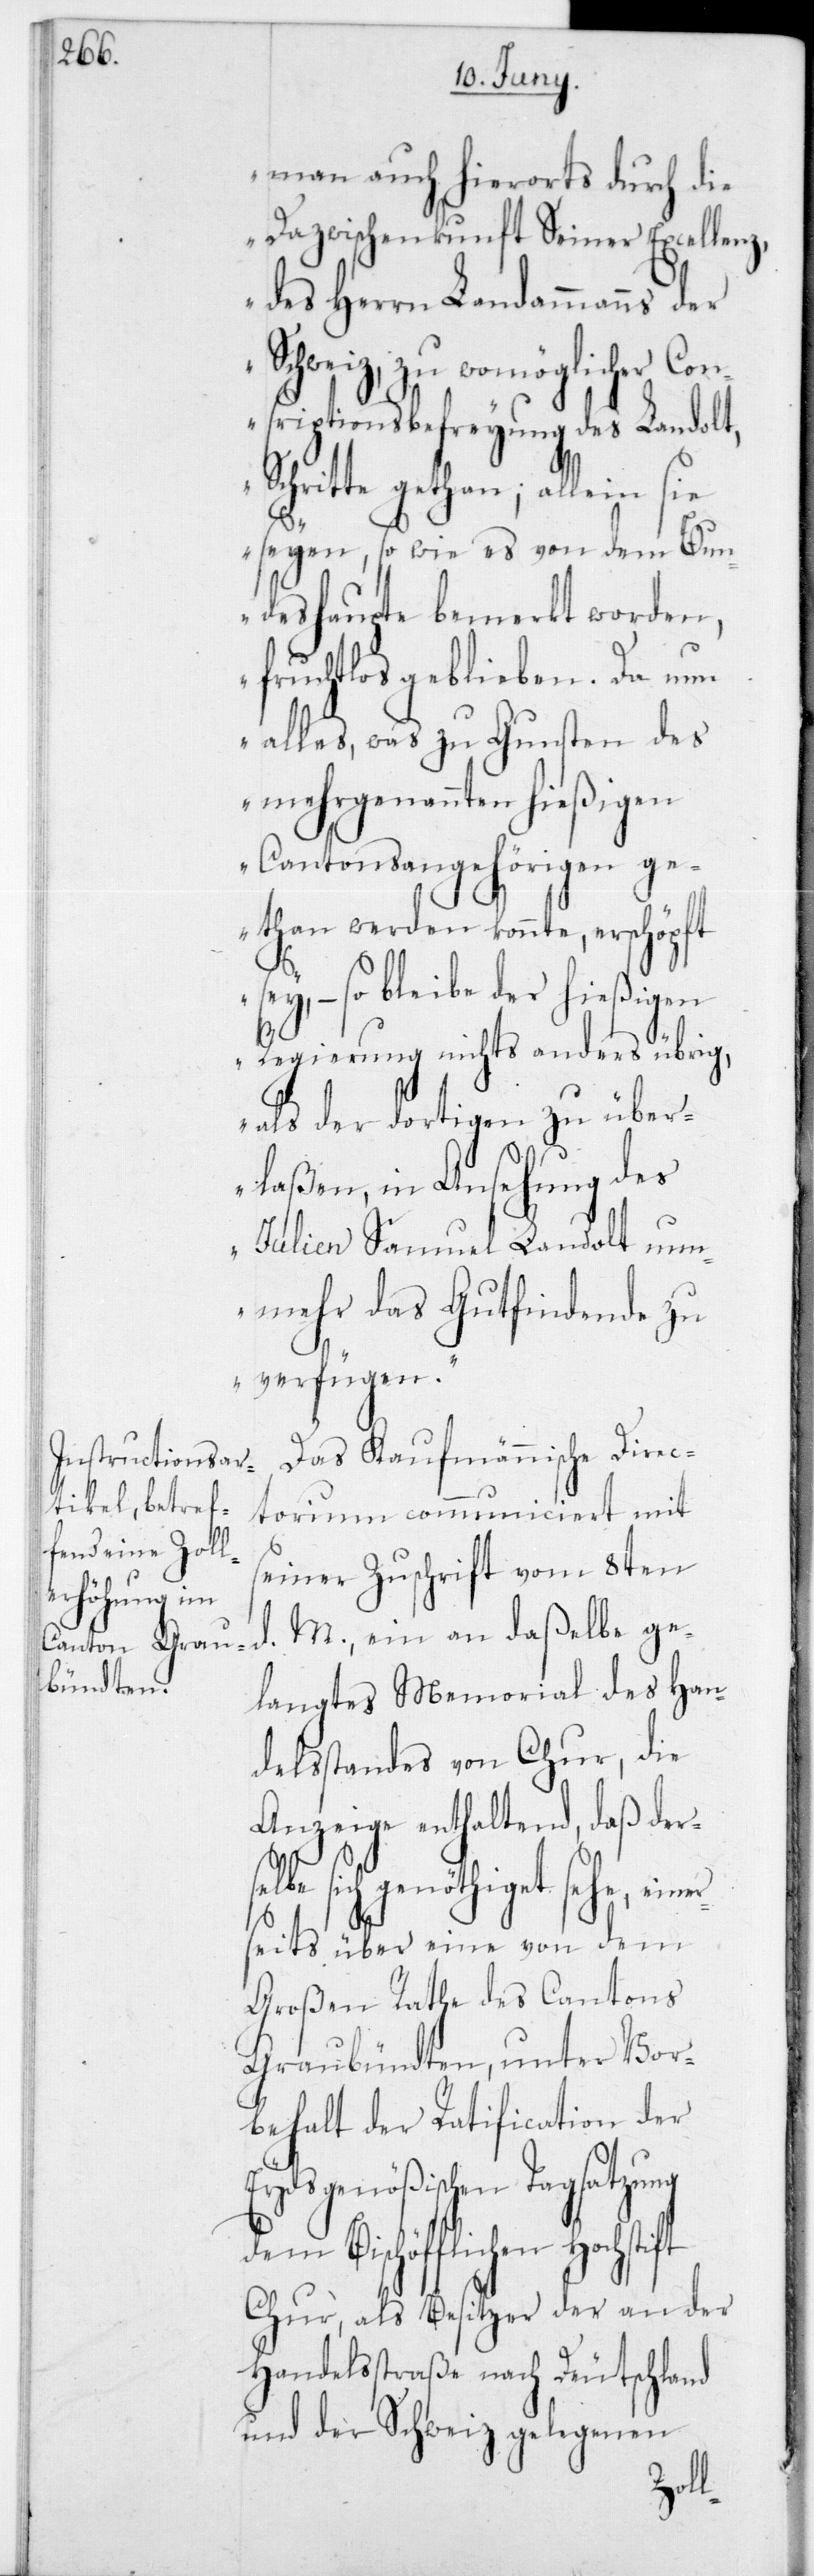
man auch hierorts durch die
Dazwischenkunft Seiner Excellenz,
des Herrn Landammanns der
Schweiz, zu womöglicher Con¬
scripitionsbefreyung des Landolt,
chritte gethan; allein sie
seyen, so wie es von dem Bun¬
deshaupte bemerkt worden,
fruchtlos geblieben. Da nun
alles, was zu Gunsten des
mehrgenannten hießigen
Cantonsangehörigen g¬
ethan werden konnte, erschöpft
selbe
Regierung nichts anderes übrig,
als der dortigen zu über¬
laßen, in Ansehung des
Julien Samuel Landolt nun¬
mehr das Gutfindende zu
verfügen“.
S¬
Das Kaufmännische Direc¬
torium communiciert mit
seiner Zuschrift vom 8ten
flichen
M., ein an daßelbe ge¬
langtes Memorial des Han¬
delsstandes von Chur, die
Anzeige enthaltend, daß der¬
sich genöthiget sehe, ein¬
erseits über eine von dem
Großen Rathe des Cantons
Graubündten, unter Vor¬
behalt der Ratification der
Eydsgenößischen Tagsatzung
dem Bischöf¬
Chur, als Besitzer der an der
Handelsstraße nach Deutschland
und der Schweiz gelegenen